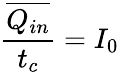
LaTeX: \frac{\overline{{Q_{in}}}}{t_{c}}=I_{0}